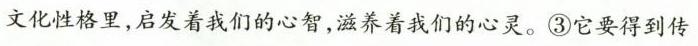
文化性格里，启发着我们的心智，滋养着我们的心灵。③它要得到传